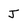
Character: J